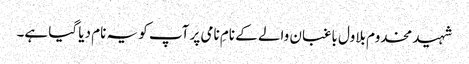
شہید مخدوم بلاول باغبان والے کے نامِ نامی پر آپ کو یہ نام دیا گیا ہے۔